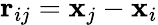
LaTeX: \mathbf{r}_{ij}=\mathbf{x}_{j}-\mathbf{x}_{i}